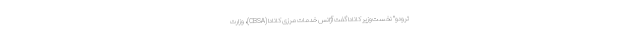
ترودو" نخست‌وزیر کانادا گفت آژانس خدمات مرزی کانادا (CBSA)، وزارت